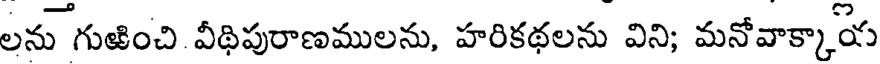
లను గుజించి వీథిపురాణములను, హరికథలను విని; మనోవాక్కాయ